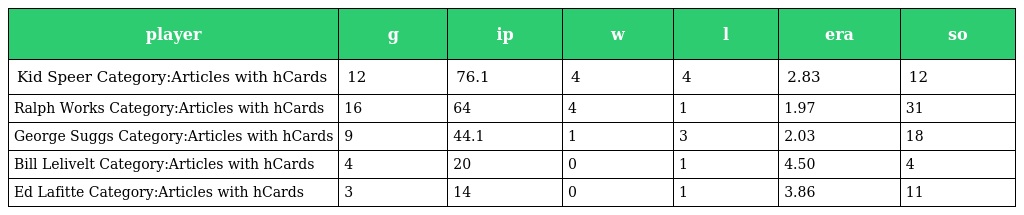
| player | g | ip | w | l | era | so |
 | --- | --- | --- | --- | --- | --- | --- |
 | Kid Speer Category:Articles with hCards | 12 | 76.1 | 4 | 4 | 2.83 | 12 |
 | Ralph Works Category:Articles with hCards | 16 | 64 | 4 | 1 | 1.97 | 31 |
 | George Suggs Category:Articles with hCards | 9 | 44.1 | 1 | 3 | 2.03 | 18 |
 | Bill Lelivelt Category:Articles with hCards | 4 | 20 | 0 | 1 | 4.50 | 4 |
 | Ed Lafitte Category:Articles with hCards | 3 | 14 | 0 | 1 | 3.86 | 11 |